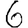
Digit: 6